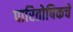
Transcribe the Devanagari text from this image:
पारितोषिकचे